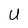
Character: U